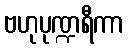
ဗဟုပုဏ္ဍရီကာ